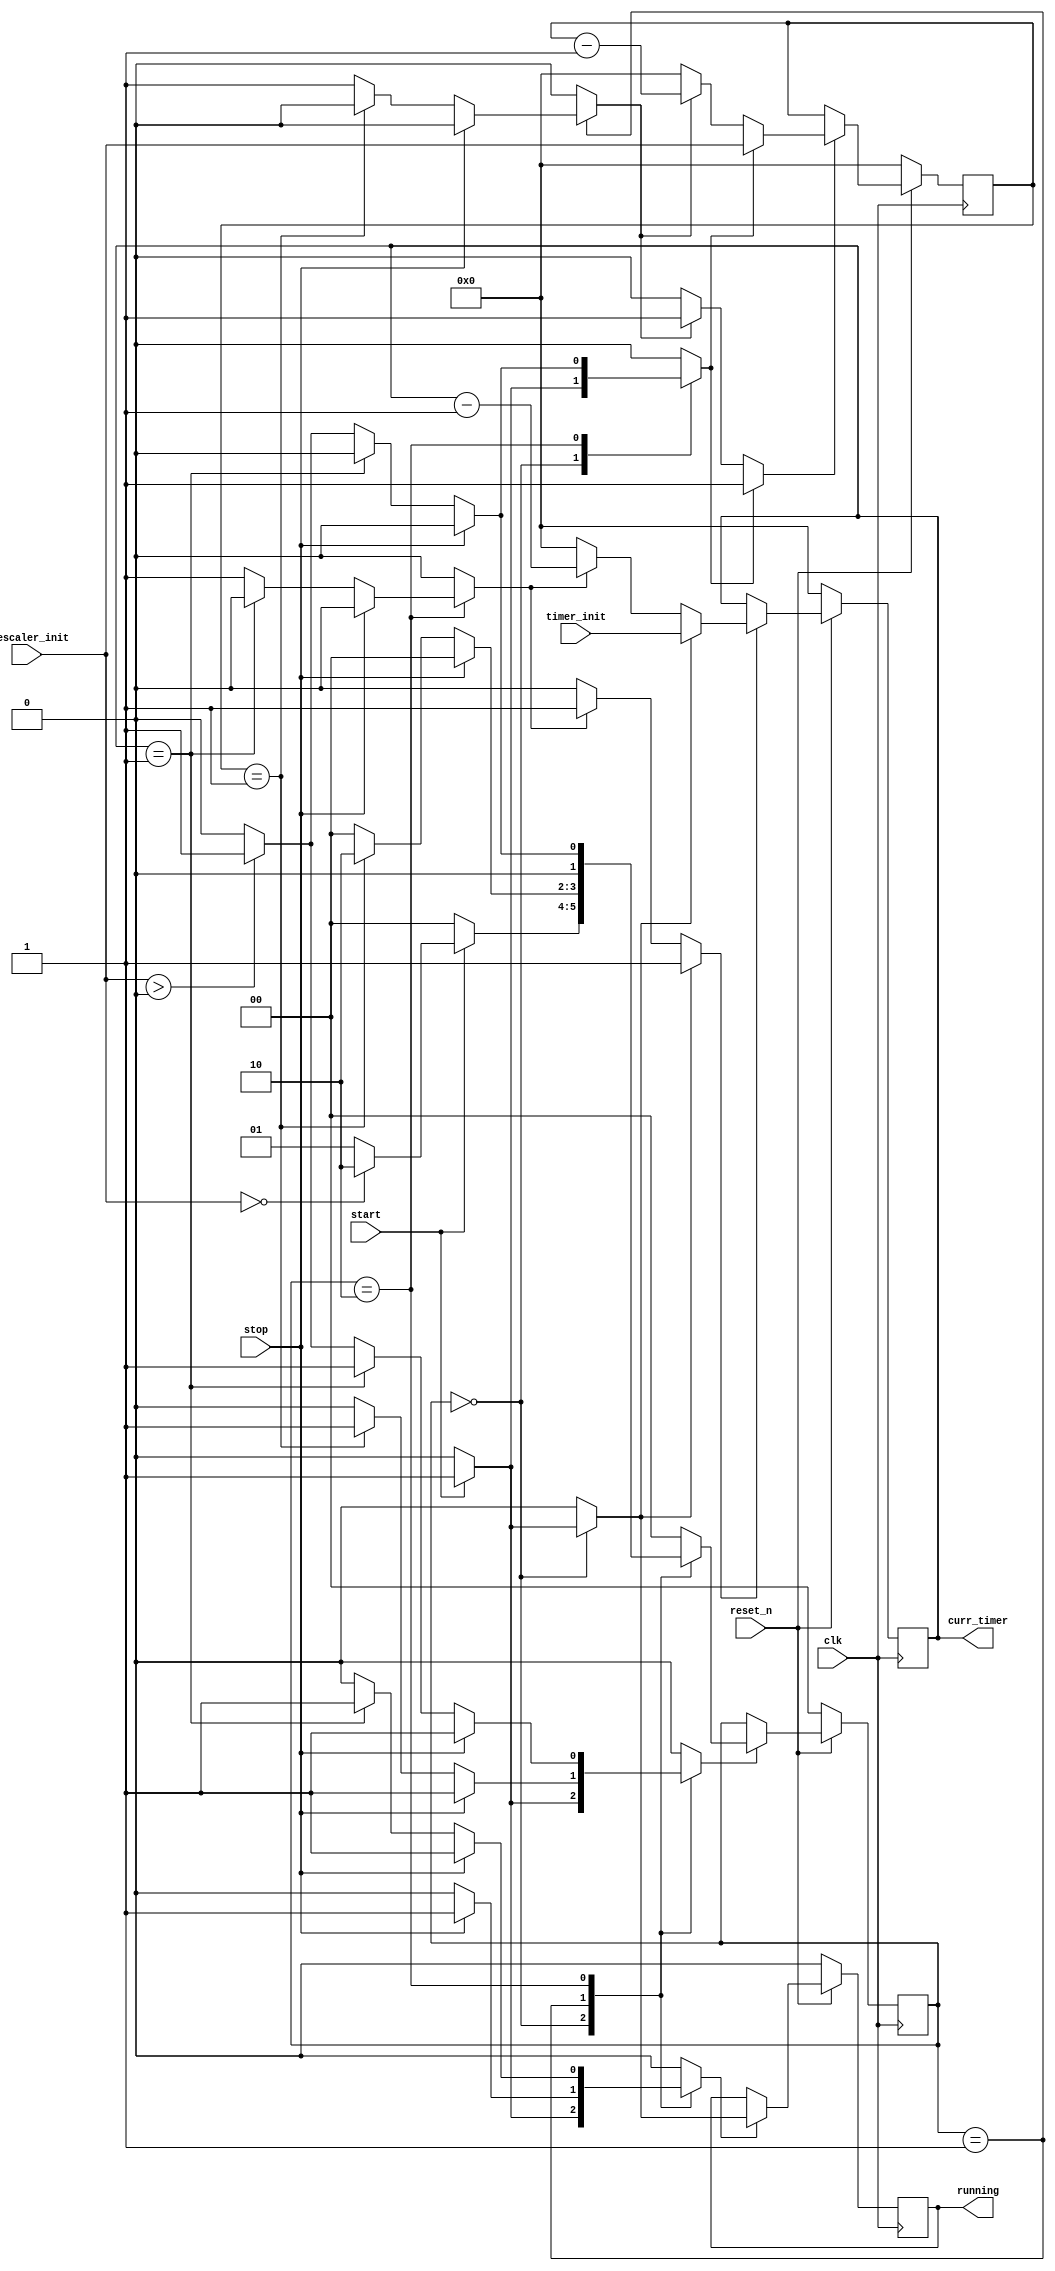
//======================================================================
//
// timer_core.v
// ------------
// timer core.
//
//
// Copyright (C) 2022 - Tillitis AB
// SPDX-License-Identifier: GPL-2.0-only
//
//======================================================================

`default_nettype none

module timer_core(
                  input wire           clk,
                  input wire           reset_n,

                  input wire [31 : 0]  prescaler_init,
                  input wire [31 : 0]  timer_init,
                  input wire           start,
                  input wire           stop,

                  output wire [31 : 0] curr_timer,
                  output wire          running
                  );


  //----------------------------------------------------------------
  // Internal constant and parameter definitions.
  //----------------------------------------------------------------
  localparam CTRL_IDLE      = 2'h0;
  localparam CTRL_PRESCALER = 2'h1;
  localparam CTRL_TIMER     = 2'h2;


  //----------------------------------------------------------------
  // Registers including update variables and write enable.
  //----------------------------------------------------------------
  reg          running_reg;
  reg          running_new;
  reg          running_we;

  reg [31 : 0] prescaler_reg;
  reg [31 : 0] prescaler_new;
  reg          prescaler_we;
  reg          prescaler_set;
  reg          prescaler_dec;

  reg [31 : 0] timer_reg;
  reg [31 : 0] timer_new;
  reg          timer_we;
  reg          timer_set;
  reg          timer_dec;

  reg [1 : 0]  core_ctrl_reg;
  reg [1 : 0]  core_ctrl_new;
  reg          core_ctrl_we;


  //----------------------------------------------------------------
  // Concurrent connectivity for ports etc.
  //----------------------------------------------------------------
  assign curr_timer = timer_reg;
  assign running    = running_reg;


  //----------------------------------------------------------------
  // reg_update
  //----------------------------------------------------------------
  always @ (posedge clk)
    begin: reg_update
      if (!reset_n)
        begin
          running_reg   <= 1'h0;
	  prescaler_reg <= 32'h0;
	  timer_reg     <= 32'h0;
          core_ctrl_reg <= CTRL_IDLE;
        end
      else
        begin
          if (running_we) begin
            running_reg <= running_new;
	  end

	  if (prescaler_we) begin
	    prescaler_reg <= prescaler_new;
	  end

	  if (timer_we) begin
	    timer_reg <= timer_new;
	  end

          if (core_ctrl_we) begin
            core_ctrl_reg <= core_ctrl_new;
          end
	end
    end // reg_update


  //----------------------------------------------------------------
  // prescaler_ctr
  //----------------------------------------------------------------
  always @*
    begin : prescaler_ctr
      prescaler_new = 32'h0;
      prescaler_we  = 1'h0;

      if (prescaler_set) begin
	prescaler_new = prescaler_init;
	prescaler_we  = 1'h1;
      end
      else if (prescaler_dec) begin
	prescaler_new = prescaler_reg - 1'h1;
	prescaler_we  = 1'h1;
      end
    end


  //----------------------------------------------------------------
  // timer_ctr
  //----------------------------------------------------------------
  always @*
    begin : timer_ctr
      timer_new = 32'h0;
      timer_we  = 1'h0;

      if (timer_set) begin
	timer_new = timer_init;
	timer_we  = 1'h1;
      end
      else if (timer_dec) begin
	timer_new = timer_reg - 1'h1;
	timer_we  = 1'h1;
      end
    end


  //----------------------------------------------------------------
  // Core control FSM.
  //----------------------------------------------------------------
  always @*
    begin : core_ctrl
      running_new   = 1'h0;
      running_we    = 1'h0;
      prescaler_set = 1'h0;
      prescaler_dec = 1'h0;
      timer_set     = 1'h0;
      timer_dec     = 1'h0;
      core_ctrl_new = CTRL_IDLE;
      core_ctrl_we  = 1'h0;

      case (core_ctrl_reg)
        CTRL_IDLE: begin
          if (start) begin
            running_new   = 1'h1;
            running_we    = 1'h1;
	    prescaler_set = 1'h1;
	    timer_set     = 1'h1;

	    if (prescaler_init == 0) begin
	      core_ctrl_new = CTRL_TIMER;
	      core_ctrl_we  = 1'h1;
	    end

	    else begin
	      core_ctrl_new = CTRL_PRESCALER;
	      core_ctrl_we  = 1'h1;
	    end
          end
        end


	CTRL_PRESCALER: begin
	  if (stop) begin
            running_new   = 1'h0;
            running_we    = 1'h1;
            core_ctrl_new = CTRL_IDLE;
            core_ctrl_we  = 1'h1;
	  end

	  else begin
	    if (prescaler_reg == 1) begin
              core_ctrl_new = CTRL_TIMER;
              core_ctrl_we  = 1'h1;
	    end

	    else begin
	      prescaler_dec = 1'h1;
	    end
	  end
	end


	CTRL_TIMER: begin
	  if (stop) begin
            running_new   = 1'h0;
            running_we    = 1'h1;
            core_ctrl_new = CTRL_IDLE;
            core_ctrl_we  = 1'h1;
	  end

	  else begin
	    if (timer_reg == 1) begin
              running_new   = 1'h0;
              running_we    = 1'h1;
              core_ctrl_new = CTRL_IDLE;
              core_ctrl_we  = 1'h1;
	    end

	    else begin
	      timer_dec = 1'h1;

	      if (prescaler_init > 0) begin
		prescaler_set = 1'h1;
		core_ctrl_new = CTRL_PRESCALER;
		core_ctrl_we  = 1'h1;
	      end
	    end
	  end
	end

        default: begin
        end
      endcase // case (core_ctrl_reg)
    end // core_ctrl

endmodule // timer_core

//======================================================================
// EOF timer_core.v
//======================================================================